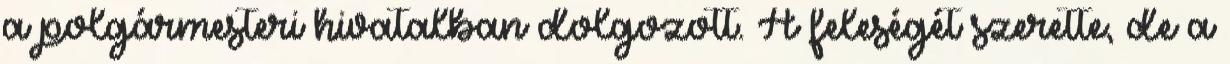
a polgármesteri hivatalban dolgozott. A feleségét szerette, de a